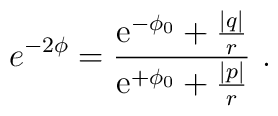
e^{-2\phi} ={  {\mbox{e}}^{-\phi_0} + \frac{|q|}{r} \over   {\mbox{e}}^{+\phi_0}+\frac{|p|}{r}} \ .